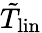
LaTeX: \tilde{T}_{\mathrm{lin}}